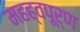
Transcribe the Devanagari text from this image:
महह्वपूर्ण